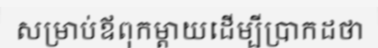
សម្រាប់ឪពុកម្តាយដើម្បីប្រាកដថា